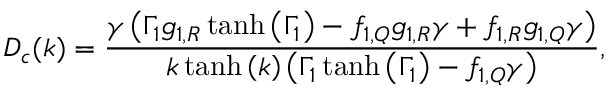
D _ { c } ( k ) = \frac { \gamma \left( \Gamma _ { 1 } g _ { 1 , R } \operatorname { t a n h } { \left( \Gamma _ { 1 } \right) } - f _ { 1 , Q } g _ { 1 , R } \gamma + f _ { 1 , R } g _ { 1 , Q } \gamma \right) } { k \operatorname { t a n h } { \left( k \right) } \left( \Gamma _ { 1 } \operatorname { t a n h } { \left( \Gamma _ { 1 } \right) } - f _ { 1 , Q } \gamma \right) } ,